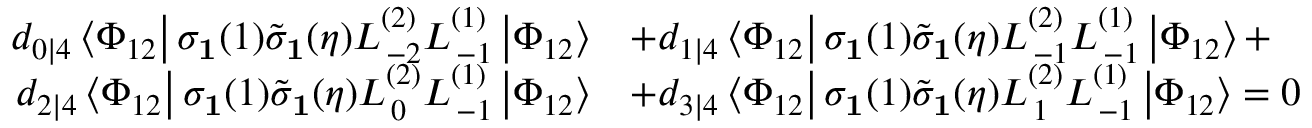
\begin{array} { r l } { d _ { 0 | 4 } \left\langle \Phi _ { 1 2 } \right| \sigma _ { \mathbf { 1 } } ( 1 ) \tilde { \sigma } _ { \mathbf { 1 } } ( \eta ) L _ { \, - 2 } ^ { ( 2 ) } L _ { \, - 1 } ^ { ( 1 ) } \left| \Phi _ { 1 2 } \right\rangle } & { + d _ { 1 | 4 } \left\langle \Phi _ { 1 2 } \right| \sigma _ { \mathbf { 1 } } ( 1 ) \tilde { \sigma } _ { \mathbf { 1 } } ( \eta ) L _ { \, - 1 } ^ { ( 2 ) } L _ { \, - 1 } ^ { ( 1 ) } \left| \Phi _ { 1 2 } \right\rangle + } \\ { d _ { 2 | 4 } \left\langle \Phi _ { 1 2 } \right| \sigma _ { \mathbf { 1 } } ( 1 ) \tilde { \sigma } _ { \mathbf { 1 } } ( \eta ) L _ { \, 0 } ^ { ( 2 ) } L _ { \, - 1 } ^ { ( 1 ) } \left| \Phi _ { 1 2 } \right\rangle } & { + d _ { 3 | 4 } \left\langle \Phi _ { 1 2 } \right| \sigma _ { \mathbf { 1 } } ( 1 ) \tilde { \sigma } _ { \mathbf { 1 } } ( \eta ) L _ { \, 1 } ^ { ( 2 ) } L _ { \, - 1 } ^ { ( 1 ) } \left| \Phi _ { 1 2 } \right\rangle = 0 } \end{array}